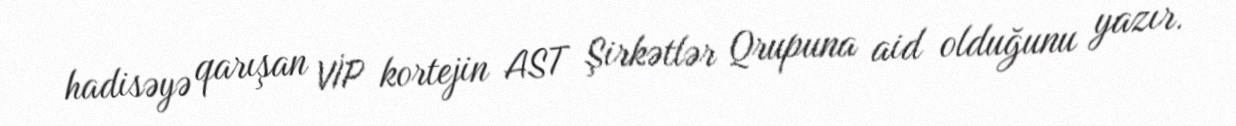
hadisəyə qarışan VİP kortejin AST Şirkətlər Qrupuna aid olduğunu yazır.